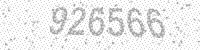
Solution: 926566